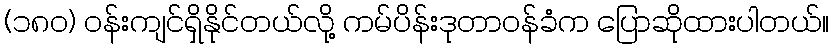
(၁၈၀) ဝန်းကျင်ရှိနိုင်တယ်လို့ ကမ်ပိန်းဒုတာဝန်ခံက ပြောဆိုထားပါတယ်။